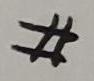
\#